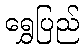
ရွှေပြည်